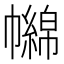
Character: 𢅧